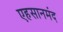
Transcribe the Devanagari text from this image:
एहसानमंद